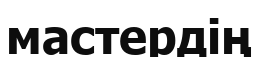
мастердің